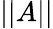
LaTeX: ||A||